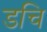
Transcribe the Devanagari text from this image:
डचि